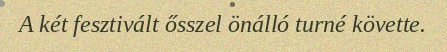
A két fesztivált ősszel önálló turné követte.